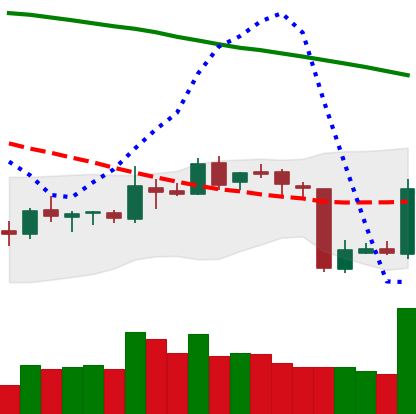
Ticker: BNB-USD
Chart end date: 2018-10-15
Forward return: -5.443%
Label: down_5_7